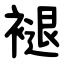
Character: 褪